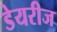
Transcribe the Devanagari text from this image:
डेयरीज